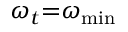
{ \omega _ { t } } \mathrm { { = } } { \omega _ { \operatorname* { m i n } } }